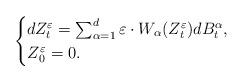
LaTeX: \begin{align*}\begin{cases}dZ_{t}^{\varepsilon}=\sum_{\alpha=1}^{d}\varepsilon\cdot W_{\alpha}(Z_{t}^{\varepsilon})dB_{t}^{\alpha},\\Z_{0}^{\varepsilon}=0.\end{cases}\end{align*}